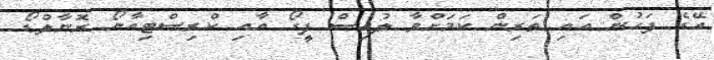
އޭގެ ފަހުން އައި ތަރިން ކަމަށްވާ ލުއިސް ފީގޯ އާއި ކްރިސްޓިއާނޯ ރޮނާލްޑޯ